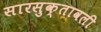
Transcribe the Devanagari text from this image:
सारसुक्तावली